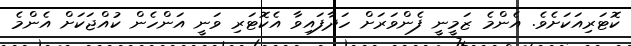
ކޮޓަރިއަކަށެވެ. އެންމެ ޒަމީނީ ފެންވަރަށް ހަދާފައިވާ އެކޮޓަރި ވަނީ އަންހެން ކުއްޖަކަށް އެންމެ